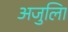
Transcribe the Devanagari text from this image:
अजुलिा